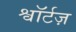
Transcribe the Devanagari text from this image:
श्वॉर्टज़